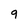
Character: 9